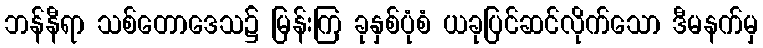
ဘန်နီရာ သစ်တောဒေသ၌ မြန်းကြ ခုနှစ်ပုံစံ ယခုပြင်ဆင်လိုက်သော ဒီမနက်မှ